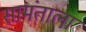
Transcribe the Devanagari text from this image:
सामंताला